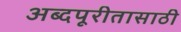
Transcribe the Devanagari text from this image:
अब्दपूरीतासाठी